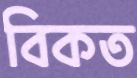
বিকত